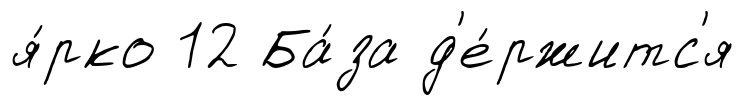
я́рко 12 Ба́за д'е́ржитс'я